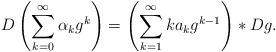
LaTeX: \begin{align*} D\left( \sum_{k=0}^\infty \alpha_k g^k \right) = \left(\sum_{k=1}^{\infty} ka_kg^{k-1}\right)* Dg. \end{align*}